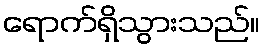
ရောက်ရှိသွားသည်။